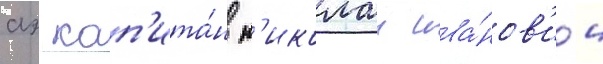
аэ кап'ита́н н'иколаи ива́нов'ич